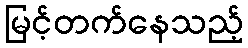
မြင့်တက်နေသည့်